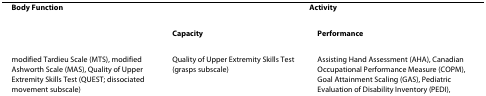
<table><thead><tr><td><b>Body Function</b></td><td colspan="2"><b>Activity</b></td></tr><tr><td></td><td><b>Capacity</b></td><td><b>Performance</b></td></tr></thead><tbody><tr><td>modified Tardieu Scale (MTS), modified Ashworth Scale (MAS), Quality of Upper Extremity Skills Test (QUEST; dissociated movement subscale)</td><td>Quality of Upper Extremity Skills Test (grasps subscale)</td><td>Assisting Hand Assessment (AHA), Canadian Occupational Performance Measure (COPM), Goal Attainment Scaling (GAS), Pediatric Evaluation of Disability Inventory (PEDI), Pediatric Motor Activity Log (PMAL)</td></tr></tbody></table>